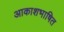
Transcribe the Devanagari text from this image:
आकाशभाषित